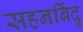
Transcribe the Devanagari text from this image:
सहनबिंदु